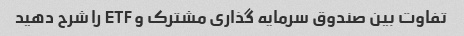
تفاوت بین صندوق سرمایه گذاری مشترک و ETF را شرح دهید